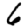
Digit: 6